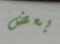
بعض